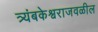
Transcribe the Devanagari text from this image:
त्र्यंबकेश्वराजवळील